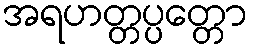
အရဟတ္တပ္ပတ္တော